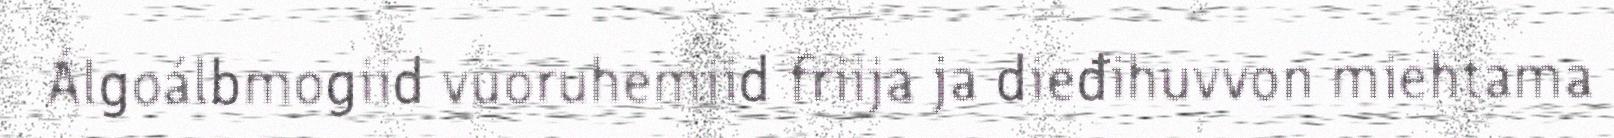
Álgoálbmogiid vuoruhemiid friija ja dieđihuvvon miehtama